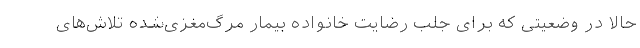
حالا در وضعیتی که برای جلب رضایت خانواده بیمار مرگ‌مغزی‌شده تلاش‌های